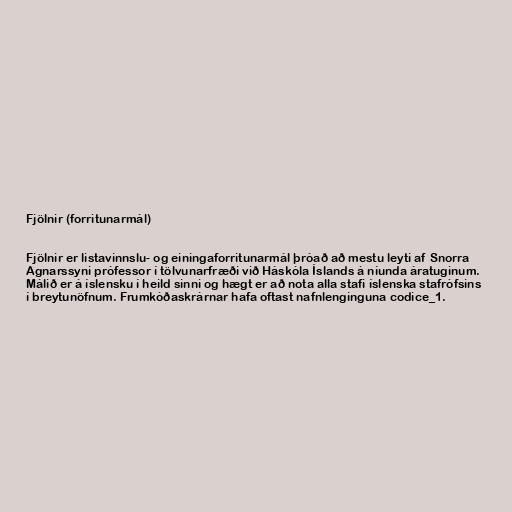
Fjölnir (forritunarmál)

Fjölnir er listavinnslu- og einingaforritunarmál þróað að mestu leyti af Snorra
Agnarssyni prófessor í tölvunarfræði við Háskóla Íslands á níunda áratuginum.
Málið er á íslensku í heild sinni og hægt er að nota alla stafi íslenska stafrófsins
í breytunöfnum. Frumkóðaskrárnar hafa oftast nafnlenginguna codice_1.